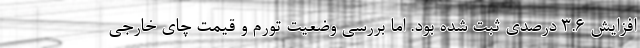
افزایش ۳.۶ درصدی ثبت شده بود. اما بررسی وضعیت تورم و قیمت چای خارجی